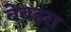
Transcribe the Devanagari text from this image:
बेबहरा